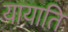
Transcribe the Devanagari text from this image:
यायाति